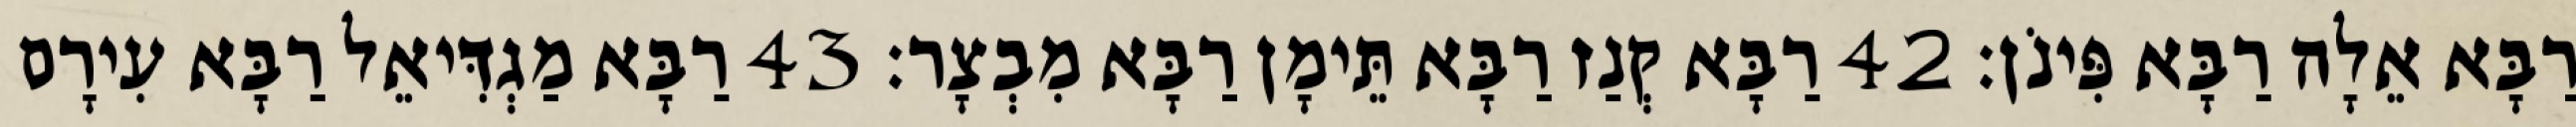
רַבָּא אֵלָה רַבָּא פִּינֹן׃ 42 רַבָּא קְנַז רַבָּא תֵּימָן רַבָּא מִבְצָר׃ 43 רַבָּא מַגְדִּיאֵל רַבָּא עִירָם